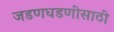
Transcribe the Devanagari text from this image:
जडणघडणीसाठी